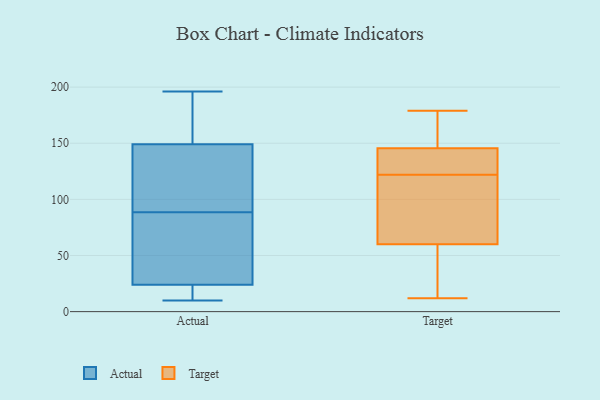
{"axis": {"x": "Inventory Turnover", "y": "Value"}, "legend": ["Actual", "Target"], "data": [{"x": "", "y": 21, "type": "Actual"}, {"x": "", "y": 78, "type": "Actual"}, {"x": "", "y": 115, "type": "Actual"}, {"x": "", "y": 73, "type": "Actual"}, {"x": "", "y": 10, "type": "Actual"}, {"x": "", "y": 120, "type": "Actual"}, {"x": "", "y": 58, "type": "Actual"}, {"x": "", "y": 182, "type": "Actual"}, {"x": "", "y": 158, "type": "Actual"}, {"x": "", "y": 65, "type": "Actual"}, {"x": "", "y": 24, "type": "Actual"}, {"x": "", "y": 149, "type": "Actual"}, {"x": "", "y": 178, "type": "Actual"}, {"x": "", "y": 14, "type": "Actual"}, {"x": "", "y": 144, "type": "Actual"}, {"x": "", "y": 11, "type": "Actual"}, {"x": "", "y": 196, "type": "Actual"}, {"x": "", "y": 99, "type": "Actual"}, {"x": "", "y": 65, "type": "Target"}, {"x": "", "y": 134, "type": "Target"}, {"x": "", "y": 43, "type": "Target"}, {"x": "", "y": 169, "type": "Target"}, {"x": "", "y": 25, "type": "Target"}, {"x": "", "y": 122, "type": "Target"}, {"x": "", "y": 179, "type": "Target"}, {"x": "", "y": 161, "type": "Target"}, {"x": "", "y": 142, "type": "Target"}, {"x": "", "y": 148, "type": "Target"}, {"x": "", "y": 12, "type": "Target"}, {"x": "", "y": 143, "type": "Target"}, {"x": "", "y": 109, "type": "Target"}, {"x": "", "y": 122, "type": "Target"}, {"x": "", "y": 55, "type": "Target"}, {"x": "", "y": 117, "type": "Target"}]}